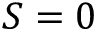
S = 0